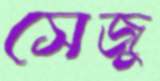
সেজু